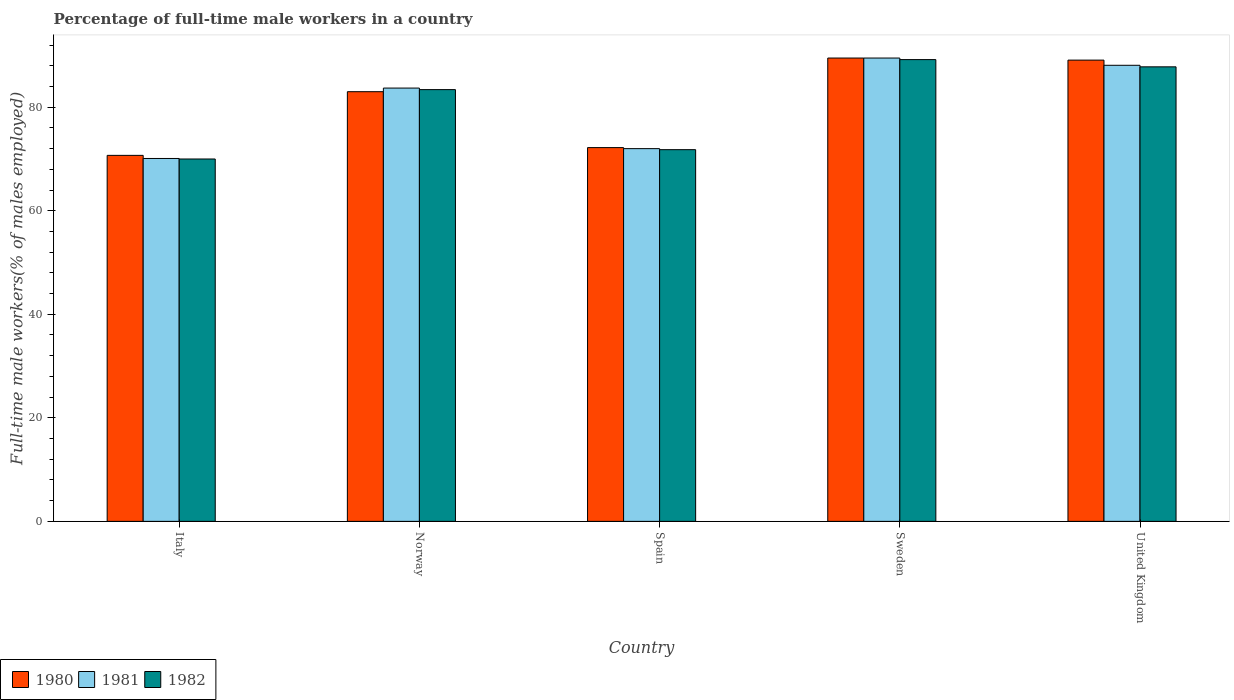
| Country | 1980 | 1981 | 1982 |
 | --- | --- | --- | --- |
 | Italy | 70.7 | 70.1 | 70 |
 | Norway | 83 | 83.7 | 83.4 |
 | Spain | 72.2 | 72 | 71.8 |
 | Sweden | 89.5 | 89.5 | 89.2 |
 | United Kingdom | 89.1 | 88.1 | 87.8 |